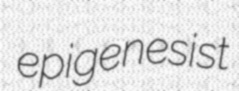
epigenesist